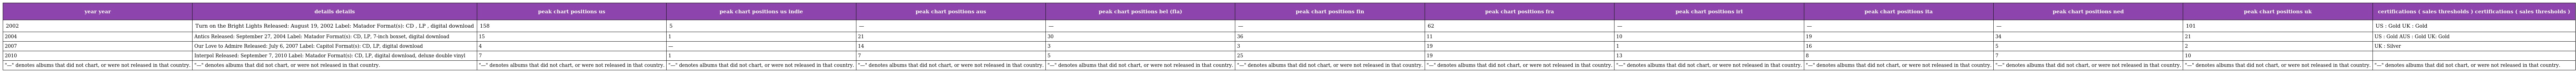
| year year | details details | peak chart positions us | peak chart positions us indie | peak chart positions aus | peak chart positions bel (fla) | peak chart positions fin | peak chart positions fra | peak chart positions irl | peak chart positions ita | peak chart positions ned | peak chart positions uk | certifications ( sales thresholds ) certifications ( sales thresholds ) |
 | --- | --- | --- | --- | --- | --- | --- | --- | --- | --- | --- | --- | --- |
 | 2002 | Turn on the Bright Lights Released: August 19, 2002 Label: Matador Format(s): CD , LP , digital download | 158 | 5 | — | — | — | 62 | — | — | — | 101 | US : Gold UK : Gold |
 | 2004 | Antics Released: September 27, 2004 Label: Matador Format(s): CD, LP, 7-inch boxset, digital download | 15 | 1 | 21 | 30 | 36 | 11 | 10 | 19 | 34 | 21 | US : Gold AUS : Gold UK: Gold |
 | 2007 | Our Love to Admire Released: July 6, 2007 Label: Capitol Format(s): CD, LP, digital download | 4 | — | 14 | 3 | 3 | 19 | 1 | 16 | 5 | 2 | UK : Silver |
 | 2010 | Interpol Released: September 7, 2010 Label: Matador Format(s): CD, LP, digital download, deluxe double vinyl | 7 | 1 | 7 | 5 | 25 | 19 | 13 | 8 | 7 | 10 |  |
 | "—" denotes albums that did not chart, or were not released in that country. | "—" denotes albums that did not chart, or were not released in that country. | "—" denotes albums that did not chart, or were not released in that country. | "—" denotes albums that did not chart, or were not released in that country. | "—" denotes albums that did not chart, or were not released in that country. | "—" denotes albums that did not chart, or were not released in that country. | "—" denotes albums that did not chart, or were not released in that country. | "—" denotes albums that did not chart, or were not released in that country. | "—" denotes albums that did not chart, or were not released in that country. | "—" denotes albums that did not chart, or were not released in that country. | "—" denotes albums that did not chart, or were not released in that country. | "—" denotes albums that did not chart, or were not released in that country. | "—" denotes albums that did not chart, or were not released in that country. |